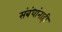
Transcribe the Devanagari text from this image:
संबंधांनाही